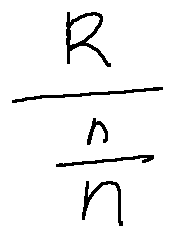
\frac { R } { \frac { n } { n } }